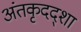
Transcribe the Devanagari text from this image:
अंतकृदद्शा